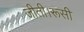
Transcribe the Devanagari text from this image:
जीती।रूसी